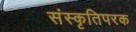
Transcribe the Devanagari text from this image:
संस्कृतिपरक